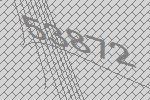
53872